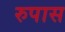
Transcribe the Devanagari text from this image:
रुपास